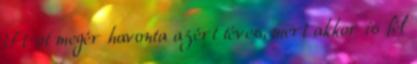
Ft-ot megér havonta azért téves, mert akkor is fél